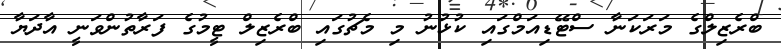
ބްރެޒިލްގެ މަރަކަނާ ސްޓޭޑިއަމްގައި ކުޅުނު މި މެޗުގައި ބްރެޒިލް ޓީމުގެ ފަރާތުންވަނީ އާދަޔާ